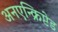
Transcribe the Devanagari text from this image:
अनएन्क्रिप्टेड